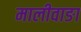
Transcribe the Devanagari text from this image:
मालीवाङा